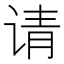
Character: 请